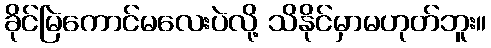
ခိုင်မြဲကောင်မလေးပဲလို့ သိနိုင်မှာမဟုတ်ဘူး။